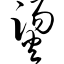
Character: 烫